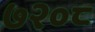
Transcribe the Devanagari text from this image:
७२०८